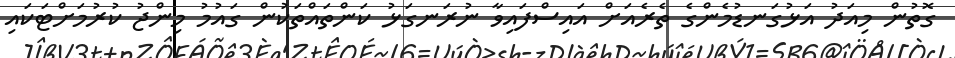
ގޮތުން މިއަދު އަޅުގަނޑުމެންގެ ތެރެއަށް އައިސްފައިވާ ނުރަނގަޅު ކަންތައްތަކުން ގައުމު މިންޖު ކުރުމަށްޓަކައި